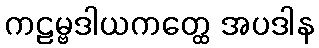
ကဠမ္ဗဒါယကတ္ထေ အပဒါန